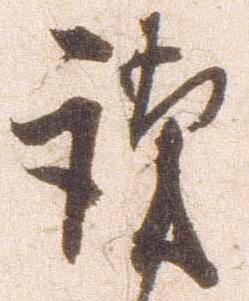
謹